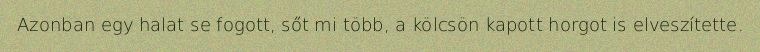
Azonban egy halat se fogott, sőt mi több, a kölcsön kapott horgot is elveszítette.